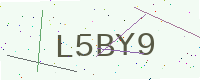
Text: L5BY9